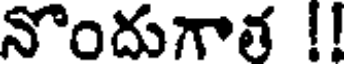
నొందుగాత !!